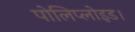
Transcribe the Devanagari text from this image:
पोलिप्लोइड।